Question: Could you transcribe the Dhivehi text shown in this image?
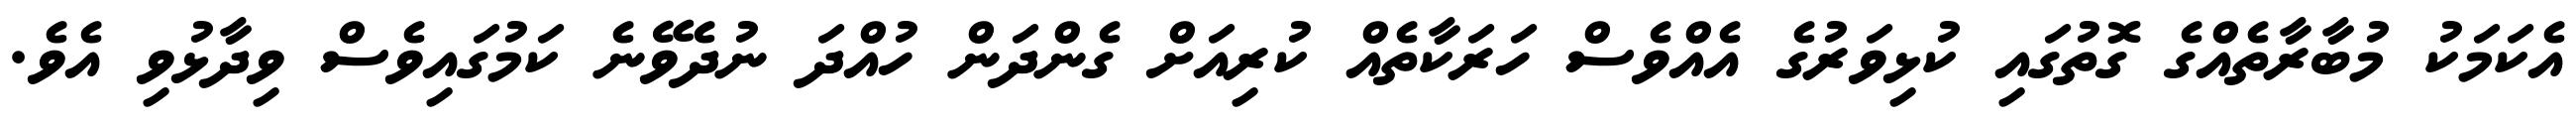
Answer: އެކަމަކު މުބާރާތެއްގެ ގޮތުގައި ކުޅިވަރުގެ އެއްވެސް ހަރަކާތެއް ކުރިއަށް ގެންދަން ހުއްދަ ނުދެވޭނެ ކަމުގައިވެސް ވިދާޅުވި އެވެ.